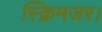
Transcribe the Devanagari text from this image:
स्क्रिमजर।